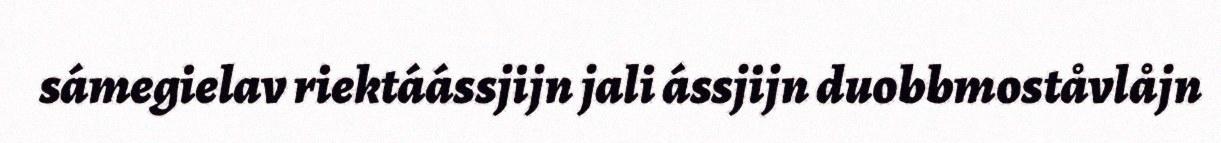
sámegielav riektáássjijn jali ássjijn duobbmoståvlåjn